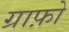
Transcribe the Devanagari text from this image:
ग्राफ़ो